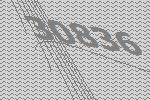
30836